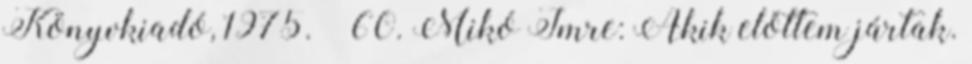
Könyvkiadó, 1975. – 60. Mikó Imre: Akik előttem jártak.